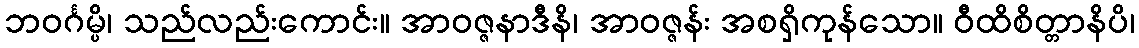
ဘဝင်္ဂမ္ပိ၊ သည်လည်းကောင်း။ အာဝဇ္ဇနာဒီနိ၊ အာဝဇ္ဇန်း အစရှိကုန်သော။ ဝီထိစိတ္တာနိပိ၊